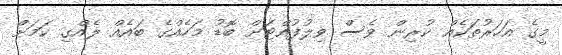
މީގެ އަހަރުތަކެއް ކުރިން ވެސް ވިލުފުއްޓަށް ބޮޑު މަހެއްގެ ބައެއް ލެއްގި ކަމަށް